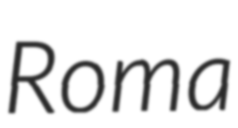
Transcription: Roma